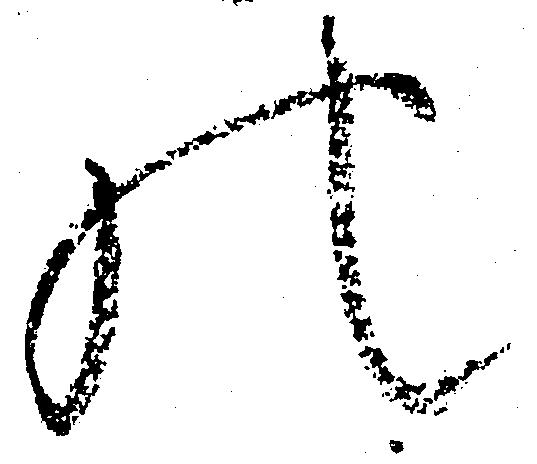
の